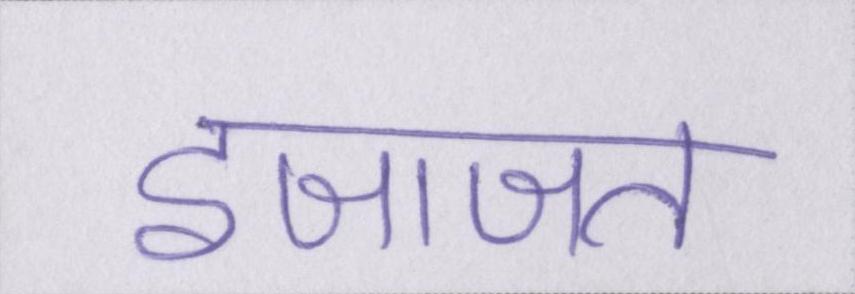
इजाजत